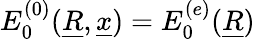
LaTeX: E_{0}^{(0)}(\underline{{R}},\underline{{x}})=E_{0}^{(e)}(\underline{{R}})